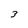
Character: 3